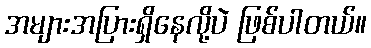
အများအပြားရှိနေလို့ပဲ ဖြစ်ပါတယ်။